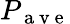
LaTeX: P_{\mathrm{~a~v~e~}}